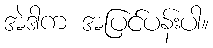
အဲဒါက အပြင်ပန်းပါ။